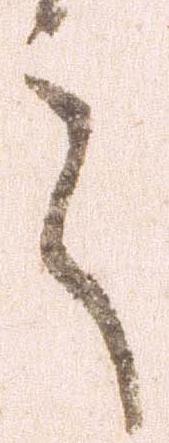
言